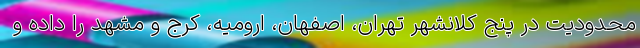
محدودیت در پنج کلانشهر تهران، اصفهان، ارومیه، کرج و مشهد را داده و